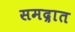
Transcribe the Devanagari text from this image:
समद्रात